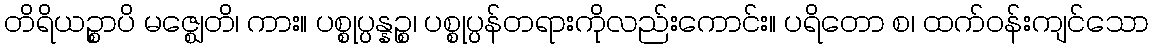
တိရိယဉ္စာပိ မဇ္ဈေတိ၊ ကား။ ပစ္စုပ္ပန္နဉ္စ၊ ပစ္စုပ္ပန်တရားကိုလည်းကောင်း။ ပရိတော စ၊ ထက်ဝန်းကျင်သော